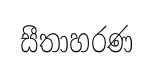
සීතාහරණ